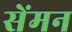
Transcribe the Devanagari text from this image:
सेंमन